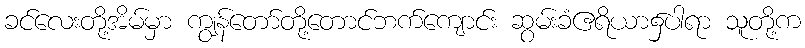
ခင်လေးတို့အိမ်မှာ ကျွန်တော်တို့တောင်ဘက်ကျောင်း ဆွမ်းခံဧရိယာ၌ပါရာ သူတို့က